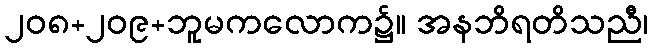
၂၀၈+၂၀၉+ဘူမကလောက၌။ အနဘိရတိသညီ၊